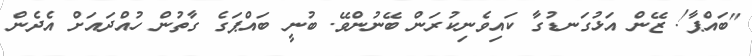
"ބައްޕާ! ޒޭން އަޅުގަނޑުގާ ކައިވެނިކުރަން ބޭނުންވޭ. ބުނީ ބައްޕަގެ ގާތުން ހުއްދައަށް އެދެން